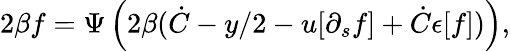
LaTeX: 2\beta f=\Psi\left(2\beta(\dot{C}-y/2-u[\partial_{s}f]+\dot{C}\epsilon[f])\right),